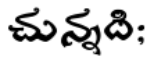
చున్నది;